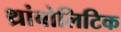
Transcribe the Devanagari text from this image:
थ्रांबोलिटिक